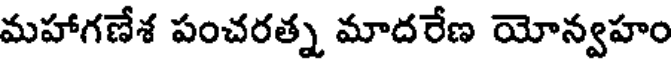
మహాగణేశ పంచరత్న మాదరేణ యోన్వహం